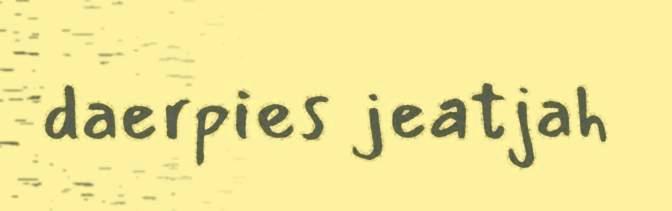
daerpies jeatjah